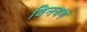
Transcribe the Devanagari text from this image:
विनयग